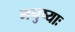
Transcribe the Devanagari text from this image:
मनुष्याः